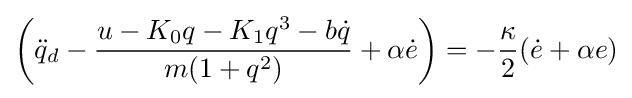
\left({\ddot {q}}_{d}-{\frac {u-K_{0}q-K_{1}q^{3}-b{\dot {q}}}{m(1+q^{2})}}+\alpha {\dot {e}}\right)=-{\frac {\kappa }{2}}({\dot {e}}+\alpha e)